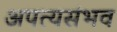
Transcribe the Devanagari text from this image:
अपत्यसंभव